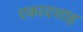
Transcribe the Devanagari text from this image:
एकादशाह